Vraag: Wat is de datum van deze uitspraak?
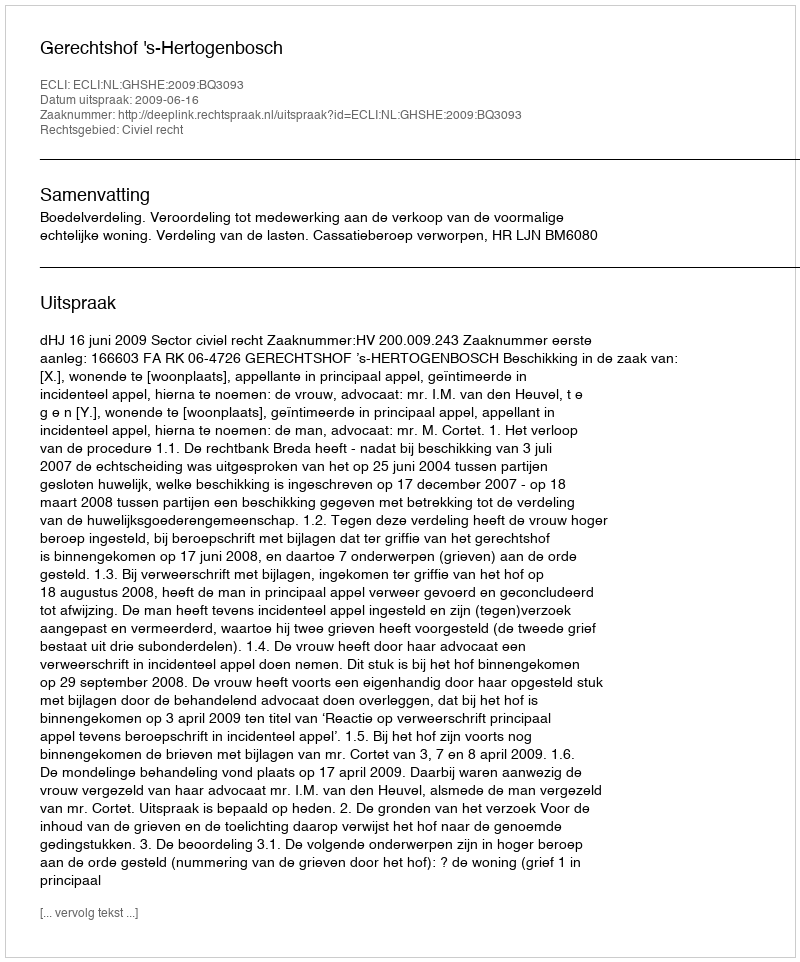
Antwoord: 2009-06-16